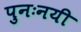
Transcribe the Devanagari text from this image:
पुनःनयी